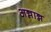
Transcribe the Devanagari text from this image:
अन्नान्न